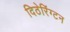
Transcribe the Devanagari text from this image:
दिठेरिंग्टन